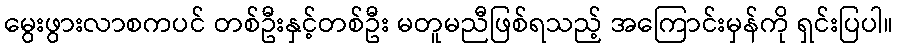
မွေးဖွားလာစကပင် တစ်ဦးနှင့်တစ်ဦး မတူမညီဖြစ်ရသည့် အကြောင်းမှန်ကို ရှင်းပြပါ။